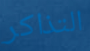
التذاكر